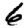
Digit: 6